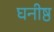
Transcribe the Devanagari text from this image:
घनीष्ठ